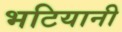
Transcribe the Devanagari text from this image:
भटियानी